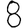
Digit: 8